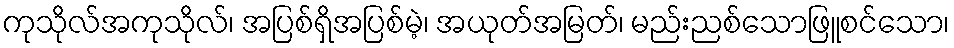
ကုသိုလ်အကုသိုလ်၊ အပြစ်ရှိအပြစ်မဲ့၊ အယုတ်အမြတ်၊ မည်းညစ်သောဖြူစင်သော၊